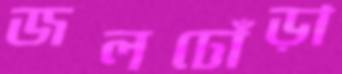
জলঢোঁড়া